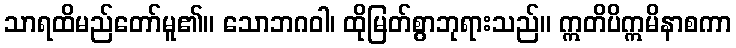
သာရထိမည်တော်မူ၏။ သောဘဂဝါ၊ ထိုမြတ်စွာဘုရားသည်။ ဣတိပိဣမိနာစကာ